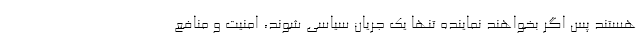
هستند پس اگر بخواهند نماینده تنها یک جریان سیاسی شوند، امنیت و منافع